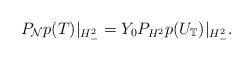
LaTeX: \begin{align*} P_{\mathcal N}p(T)|_{H^2_-}=Y_0P_{H^2}p(U_{\mathbb T})|_{H^2_-}.\end{align*}